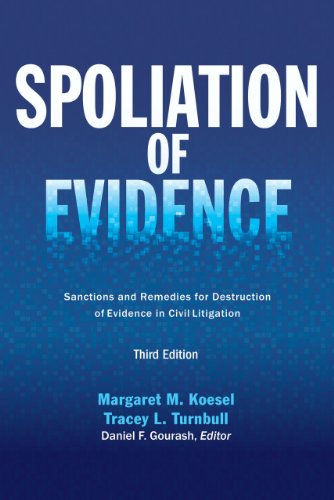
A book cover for Spoliation of Evidence: Sanctions and Remedies for Destruction of Evidence in Civil Litigation; Margaret M. Koesel; Law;